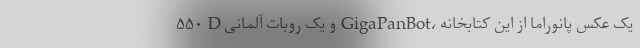
۵۵۰ D و یک روبات آلمانی GigaPanBot، یک عکس پانوراما از این کتابخانه